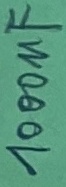
Text: 100uF